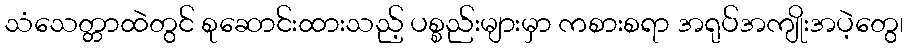
သံသေတ္တာထဲတွင် စုဆောင်းထားသည့် ပစ္စည်းများမှာ ကစားစရာ အရုပ်အကျိုးအပဲ့တွေ၊